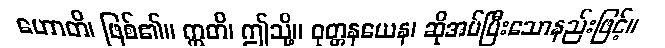
ဟောတိ၊ ဖြစ်၏။ ဣတိ၊ ဤသို့။ ဝုတ္တနယေန၊ ဆိုအပ်ပြီးသောနည်းဖြင့်။